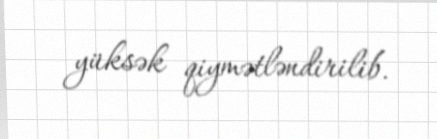
yüksək qiymətləndirilib.